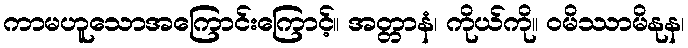
ကာမဟူသောအကြောင်းကြောင့်။ အတ္တာနံ၊ ကိုယ်ကို။ ဝမိဿာမိနုန၊